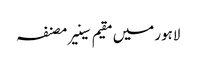
لاہور میں مقیم سینیر مصنفہ